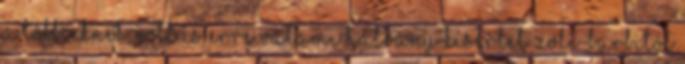
a többieknek, volt is erre valami halvány kísérlet Zoli-Barbitól